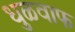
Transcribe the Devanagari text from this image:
धुळवाफ